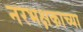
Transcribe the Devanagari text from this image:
नरभक्षकाच्या